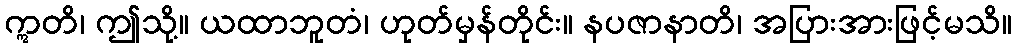
ဣတိ၊ ဤသို့။ ယထာဘူတံ၊ ဟုတ်မှန်တိုင်း။ နပဇာနာတိ၊ အပြားအားဖြင့်မသိ။